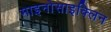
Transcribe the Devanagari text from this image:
माइनोसाइक्लिन